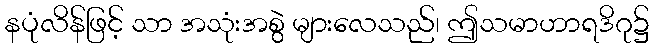
နပုံလိန်ဖြင့် သာ အသုံးအစွဲ များလေသည်၊ ဤသမာဟာရဒိဂု၌